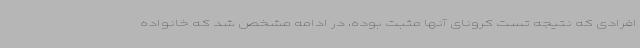
افرادی که نتیجه تست کرونای آنها مثبت بوده، در ادامه مشخص شد که خانواده